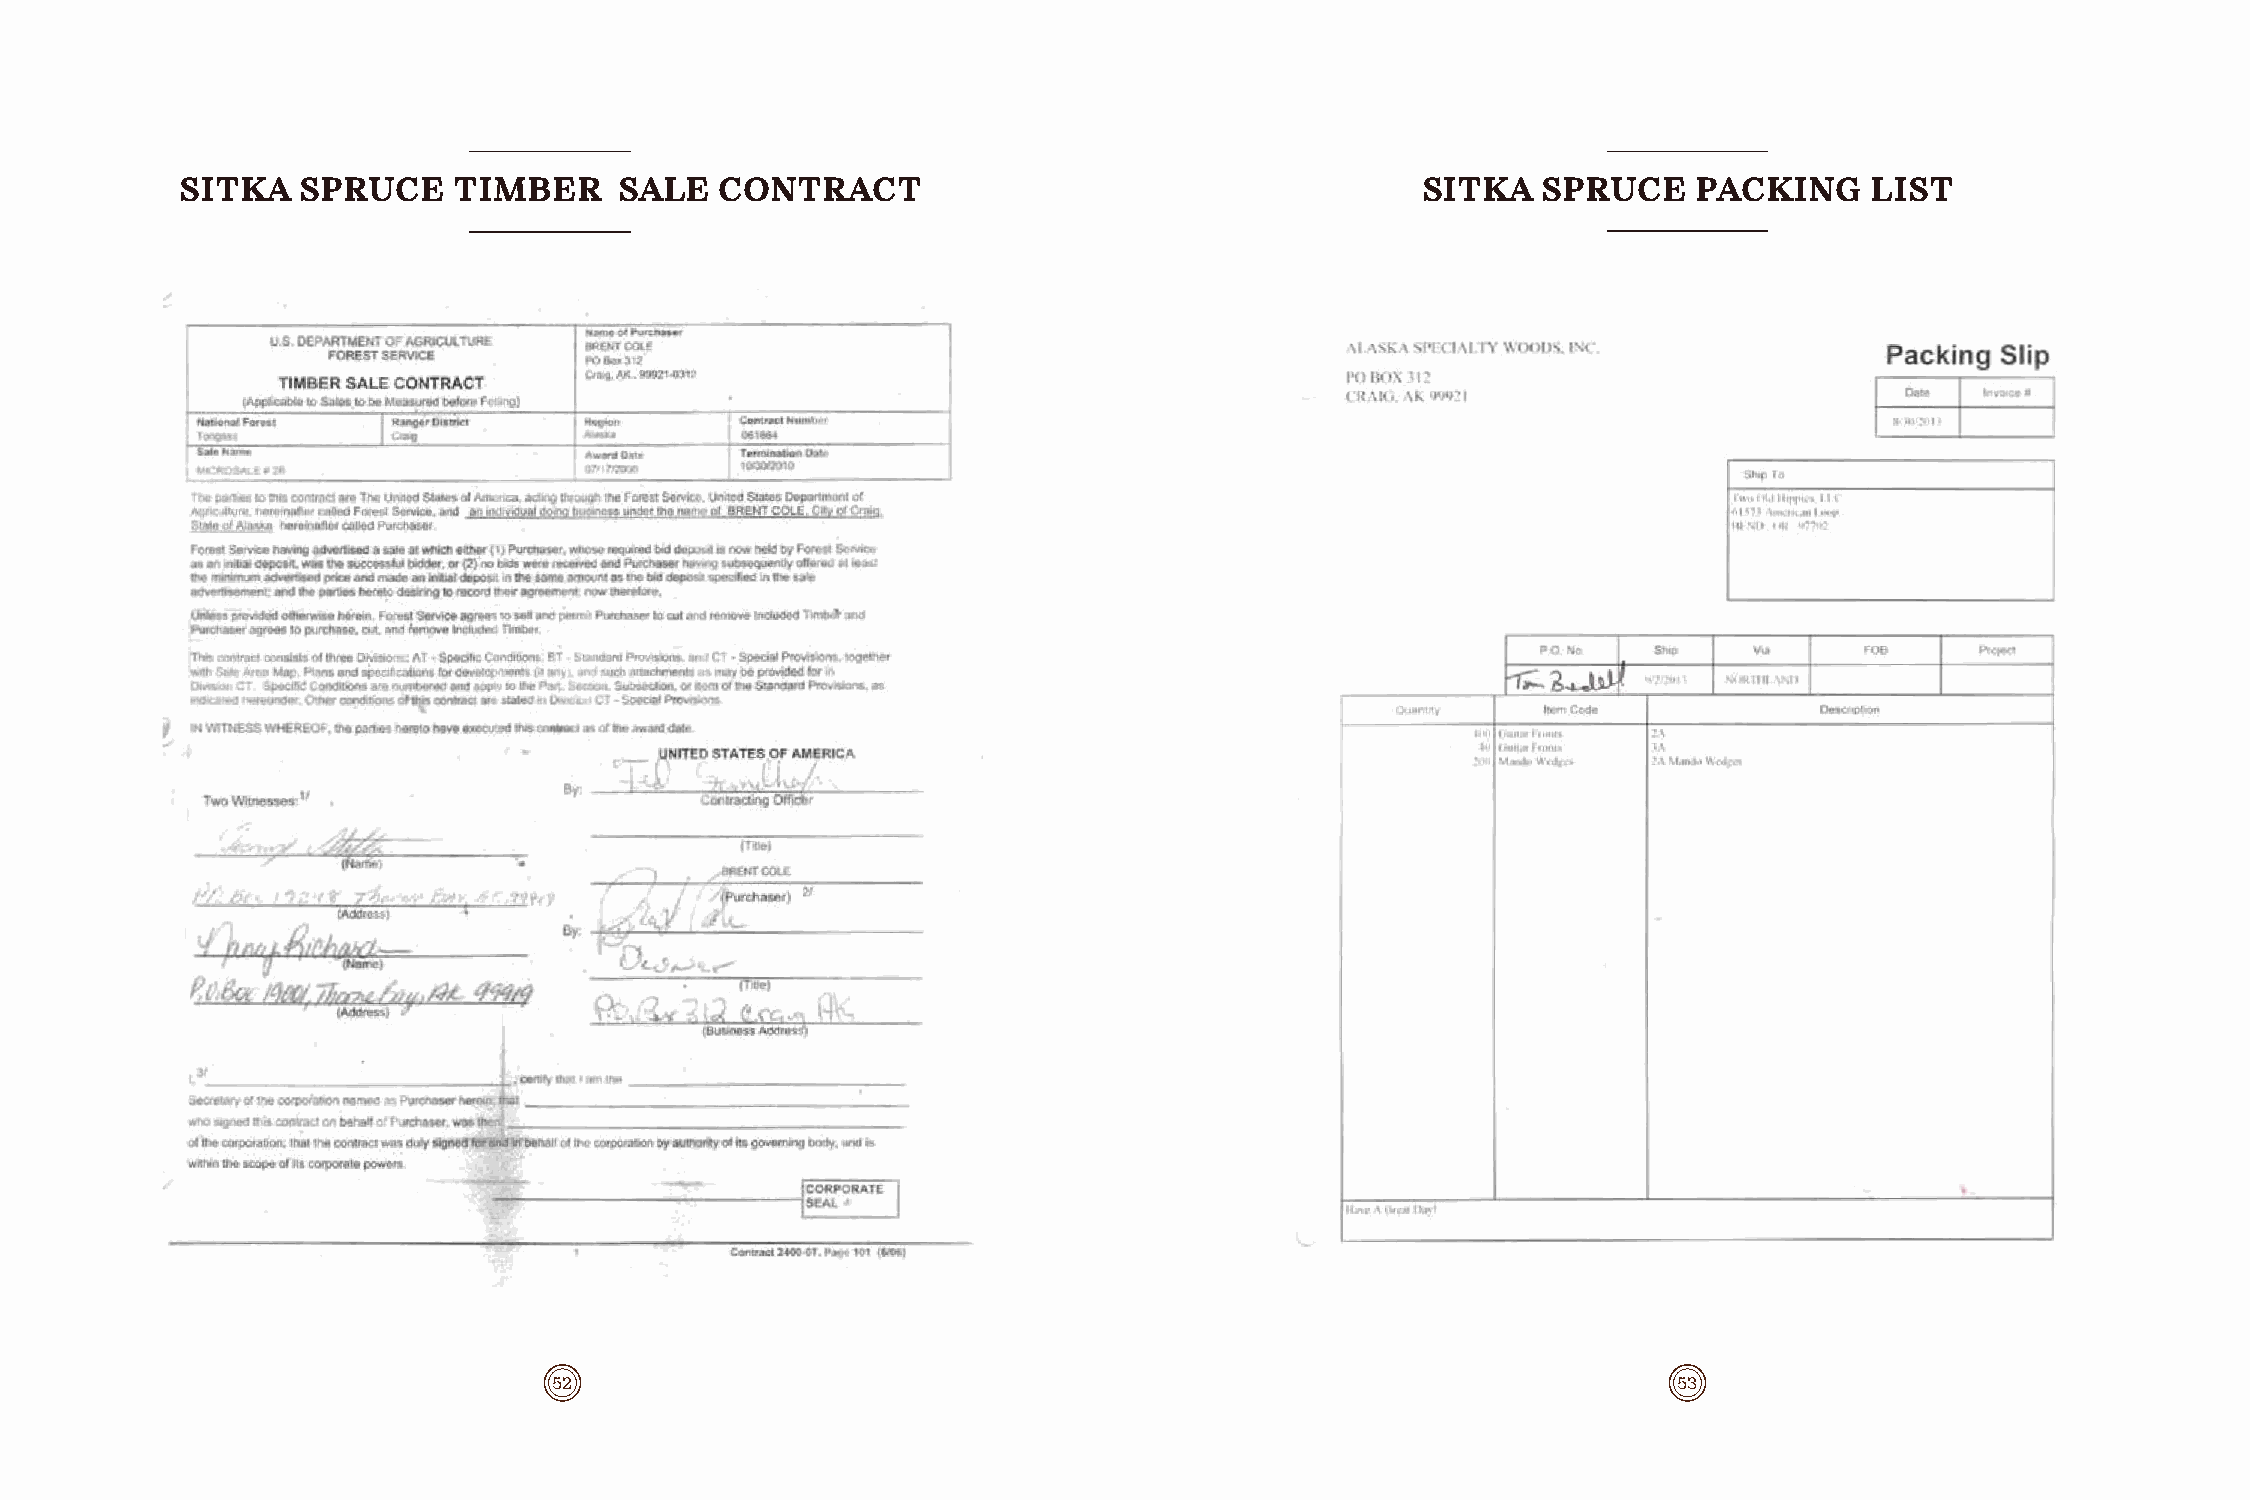
SITKA   SPRUCE    TIMBER     SALE   CONTRACT                                      SITKA   SPRUCE    PACKING     LIST
 52                                                                        53